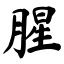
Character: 腥